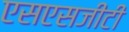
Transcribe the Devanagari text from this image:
एसएसजीटी